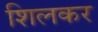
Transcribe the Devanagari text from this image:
शिलकर